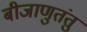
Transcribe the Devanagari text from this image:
बीजाणुतंतु